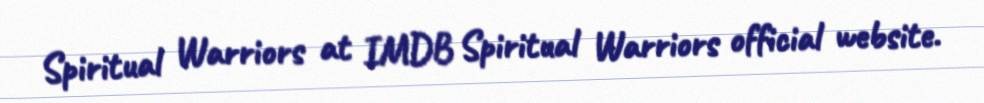
Spiritual Warriors at IMDB Spiritual Warriors official website.